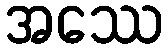
အဿေ